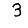
Digit: 3